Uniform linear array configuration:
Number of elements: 48
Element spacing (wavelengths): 1
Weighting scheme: hann
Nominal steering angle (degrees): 60
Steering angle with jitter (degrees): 61.903
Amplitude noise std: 0.05
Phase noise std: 0.05

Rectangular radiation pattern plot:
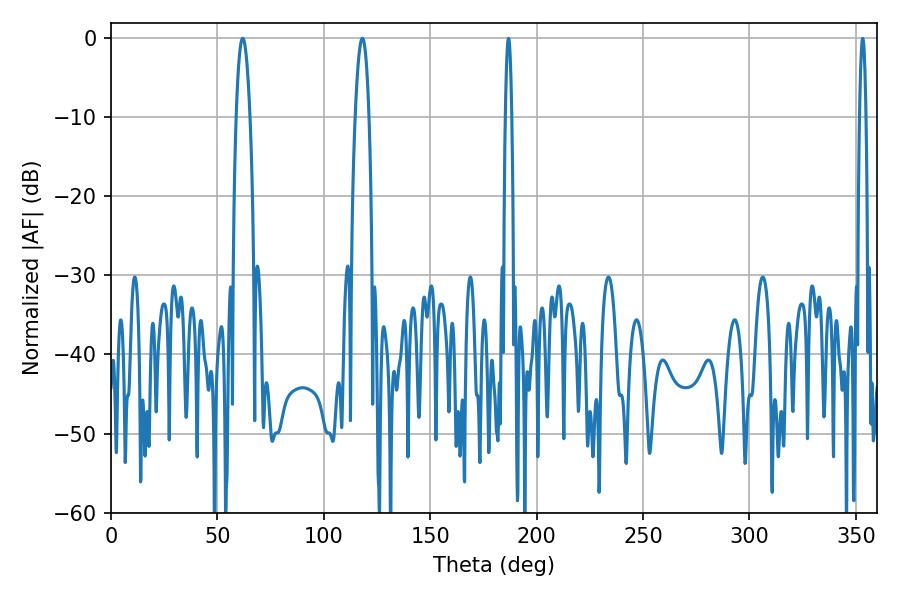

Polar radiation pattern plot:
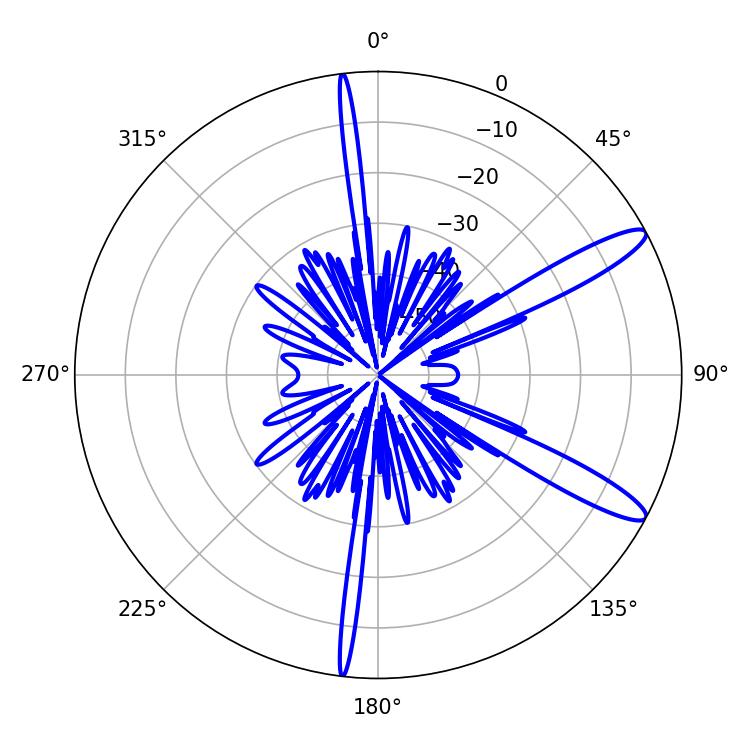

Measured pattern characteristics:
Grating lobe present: TRUE
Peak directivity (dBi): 12.514
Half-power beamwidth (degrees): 3.6
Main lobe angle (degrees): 61.92